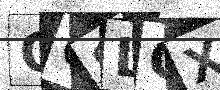
Text: QOSLCX